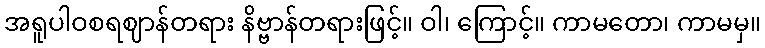
အရူပါဝစရဈာန်တရား နိဗ္ဗာန်တရားဖြင့်။ ဝါ၊ ကြောင့်။ ကာမတော၊ ကာမမှ။